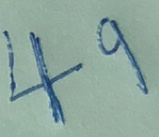
4 9